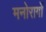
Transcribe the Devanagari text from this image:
मनोरागों